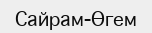
Сайрам-Өгем